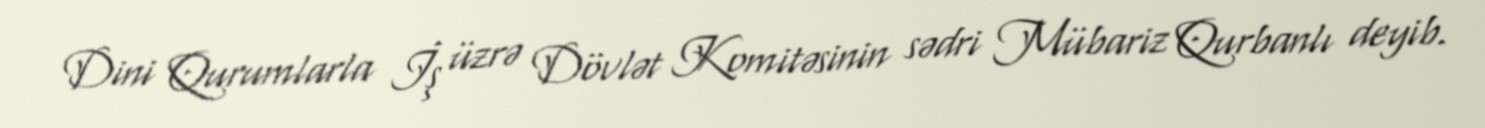
Dini Qurumlarla İş üzrə Dövlət Komitəsinin sədri Mübariz Qurbanlı deyib.